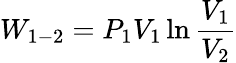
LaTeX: W_{1-2}=P_{1}V_{1}\ln{\frac{V_{1}}{V_{2}}}